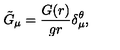
\tilde { G } _ { \mu } = \frac { G ( r ) } { g r } \delta _ { \mu } ^ { \theta } ,